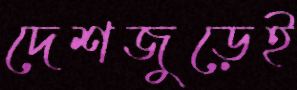
দেশজুড়েই